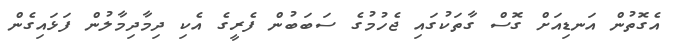
އެގޮތުން އަނޑިއަށް ގޮސް ގާތަކުގައި ޖެހުމުގެ ސަބަބުން ފެރީގެ އެކި ދިމާދިމާލުން ފަޅައިގެން